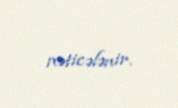
nəticələnir.